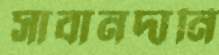
সাবানদানি